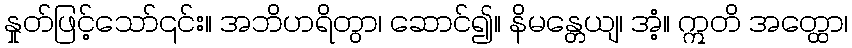
နှုတ်ဖြင့်သော်၎င်း။ အဘိဟရိတွာ၊ ဆောင်၍။ နိမန္တေယျ၊ အံ့။ ဣတိ အတ္ထော၊